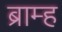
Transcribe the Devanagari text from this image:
ब्राम्ह